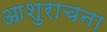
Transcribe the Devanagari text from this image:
आशुराचना